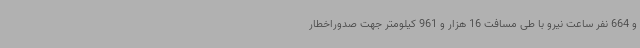
و 664 نفر ساعت نیرو با طی مسافت 16 هزار و 961 کیلومتر جهت صدوراخطار